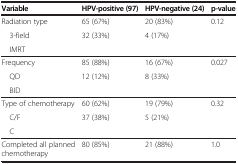
<table><thead><tr><td><b>Variable</b></td><td><b>HPV-positive (97)</b></td><td><b>HPV-negative (24)</b></td><td><b>p-value</b></td></tr></thead><tbody><tr><td>Radiation type</td><td>65 (67%)</td><td>20 (83%)</td><td>0.12</td></tr><tr><td> 3-field</td><td>32 (33%)</td><td>4 (17%)</td><td> </td></tr><tr><td> IMRT</td><td> </td><td> </td><td> </td></tr><tr><td>Frequency</td><td>85 (88%)</td><td>16 (67%)</td><td>0.027</td></tr><tr><td> QD</td><td>12 (12%)</td><td>8 (33%)</td><td> </td></tr><tr><td> BID</td><td> </td><td> </td><td> </td></tr><tr><td>Type of chemotherapy</td><td>60 (62%)</td><td>19 (79%)</td><td>0.32</td></tr><tr><td> C/F</td><td>37 (38%)</td><td>5 (21%)</td><td> </td></tr><tr><td> C</td><td> </td><td> </td><td> </td></tr><tr><td>Completed all planned chemotherapy</td><td>80 (85%)</td><td>21 (88%)</td><td>1.0</td></tr></tbody></table>